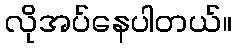
လိုအပ်နေပါတယ်။